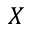
X